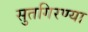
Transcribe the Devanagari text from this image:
सुतगिरण्या